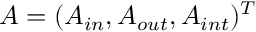
A = ( A _ { i n } , A _ { o u t } , A _ { i n t } ) ^ { T }